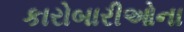
કારોબારીઓના